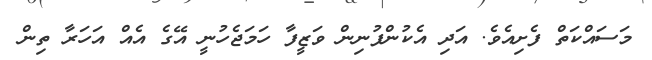
މަސައްކަތް ފެށިއެވެ. އަދި އެކުންފުނިން ވަޒީފާ ހަމަޖެހުނީ އޭގެ އެއް އަހަރާ ތިން